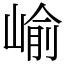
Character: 崳